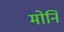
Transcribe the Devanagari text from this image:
मोनि